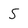
Character: 5